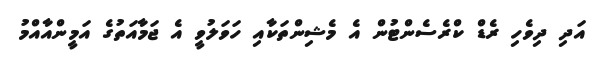
އަދި ދިވެހި ރެޑް ކްރެސެންޓުން އެ މެޝިންތަކާއި ހަވަލުވީ އެ ޖަމާއަތުގެ އަމީންއާއްމު